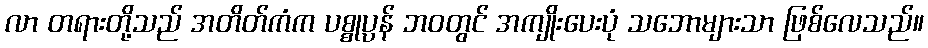
လာ တရားတို့သည် အတိတ်ကံက ပစ္စုပ္ပန် ဘဝတွင် အကျိုးပေးပုံ သဘောများသာ ဖြစ်လေသည်။